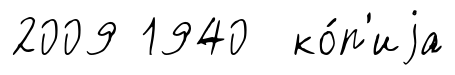
2009 1940 ко́п'иjа